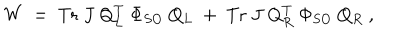
LaTeX: W ~ = ~ \mathrm { T r } ~ J ~ Q _ { L } ^ { T } ~ \Phi _ { S O } ~ Q _ { L } ~ + ~ \mathrm { T r } ~ J ~ Q _ { R } ^ { T } ~ \Phi _ { S O } ~ Q _ { R } ~ ,